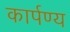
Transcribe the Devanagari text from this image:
कार्पण्य